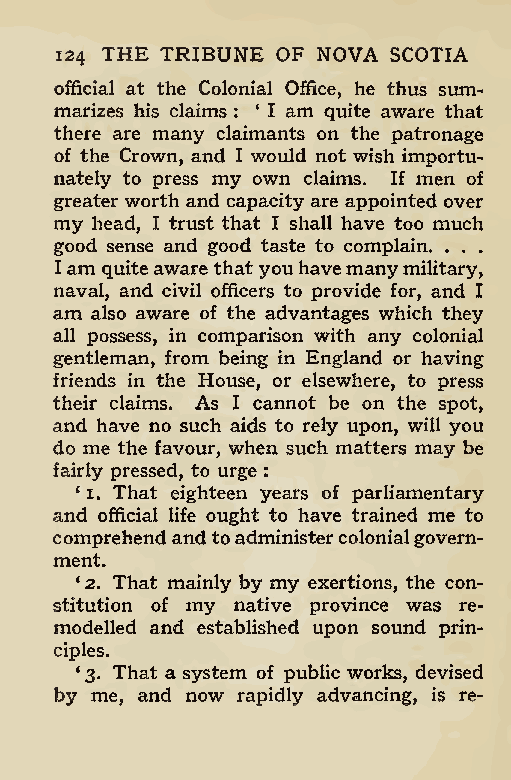
124 THE TRIBUNE OF NOVA SCOTIA
 official at the Colonial Office, he thus sum-
 marizes his claims : * I am quite aware that
 there are many claimants on the patronage
 of the Crown, and I would not wish importu-
 nately to press my own claims. If men of
 greater worth and capacity are appointed over
 my head, I trust that I shall have too much
 good sense and good taste to complain.
 . . .
 Iam quiteaware that youhavemanymilitary,
 naval, and civil officers to provide for, and I
 am also aware of the advantages which they
 all possess, in comparison with any colonial
 gentleman, from being in England or having
 friends in the House, or elsewhere, to press
 their claims. As I cannot be on the spot,
 and have no such aids to rely upon, will you
 do me the favour, when such matters may be
 fairly pressed, to urge
 :
 ‘ 1. That eighteen years of parliamentary
 and official life ought to have trained me to
 comprehend and toadministercolonialgovern-
 ment.
 12. That mainly by my exertions, the con-
 stitution of my native province was re-
 modelled and established upon sound prin-
 ciples.
 *3. That a system of public works, devised
 by me, and now rapidly advancing, is re-